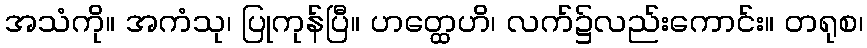
အသံကို။ အကံသု၊ ပြုကုန်ပြီ။ ဟတ္ထေဟိ၊ လက်၌လည်းကောင်း။ တရုစ၊